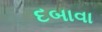
દબાવા